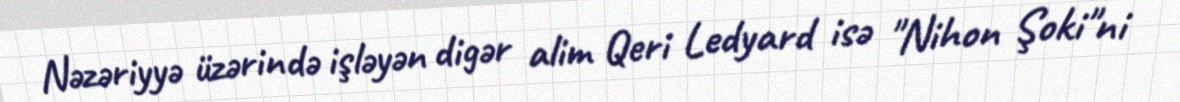
Nəzəriyyə üzərində işləyən digər alim Qeri Ledyard isə "Nihon Şoki"ni